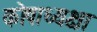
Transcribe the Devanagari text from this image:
कोषाध्यक्षा